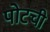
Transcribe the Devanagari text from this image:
पोटची